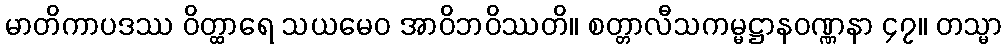
မာတိကာပဒဿ ဝိတ္ထာရေ သယမေဝ အာဝိဘဝိဿတိ။ စတ္တာလီသကမ္မဋ္ဌာနဝဏ္ဏနာ ၄၇။ တသ္မာ